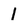
Character: 1